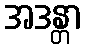
အဒန္တာ